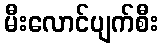
မီးလောင်ပျက်စီး